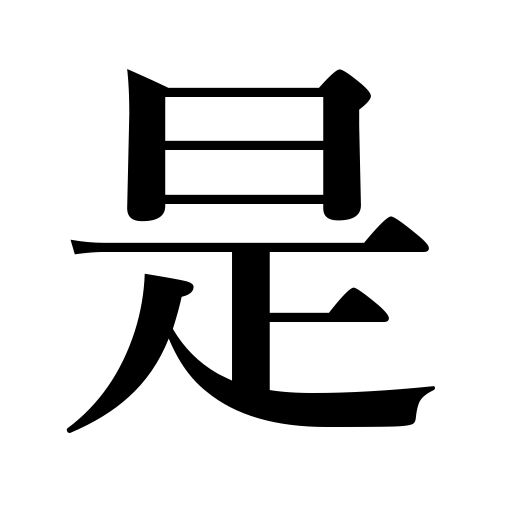
Meanings: justice,right